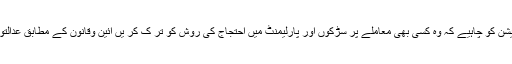
گورنر پنجاب نے کہا کہ پاکستان میں عدالتیں آزاد ہیں اپوزیشن کو چاہیے کہ وہ کسی بھی معاملے پر سڑکوں اور پارلیمنٹ میں احتجاج کی روش کو تر ک کر یں آئین وقانون کے مطابق عدالتوں میں مقدمات کا سامنا کر کے اپنی بے گناہی ثابت کریں۔